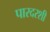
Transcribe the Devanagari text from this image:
पारदरशी